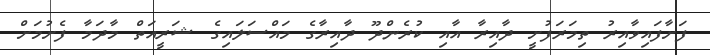
ފަށާފައިވާއިރު ތިމަރަފުށީ ދާއިރާ އާއި ކުރެންދޫ ދާއިރާގެ މައްސަލައިގެ ޝަރީއަތް މާދަމާ ފެށުމަށް